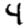
Digit: 4